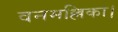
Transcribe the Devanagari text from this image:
वनमल्लिका।